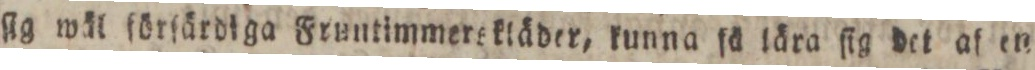
ſig wäl förſärdiga Fruntimmerskläder, kunna fä lära ſig det af en